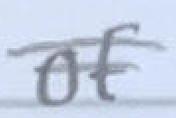
Text: of
Cross-out: double-line
Writing tool: pencil